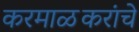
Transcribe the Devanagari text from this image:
करमाळकरांचे